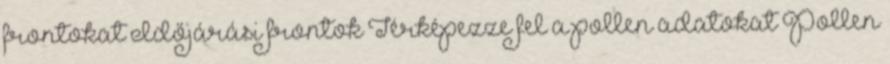
frontokat Időjárási frontok Térképezze fel a pollen adatokat Pollen